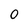
Character: 0